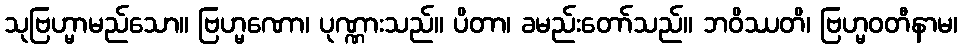
သုဗြဟ္မာမည်သော။ ဗြဟ္မဏော၊ ပုဏ္ဏားသည်။ ပိတာ၊ ခမည်းတော်သည်။ ဘဝိဿတိ၊ ဗြဟ္မဝတီနာမ၊